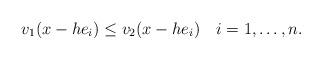
LaTeX: \begin{align*}v_1(x-he_i) \leq v_2(x-he_i) \ \ \ i=1,\dots,n.\end{align*}